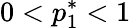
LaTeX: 0<p_{1}^{*}<1